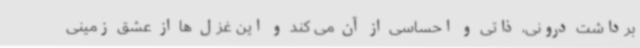
برداشت درونی، ذاتی و احساسی از آن می کند و این غزل ها از عشق زمینی